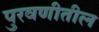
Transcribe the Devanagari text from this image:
पुरवणीतील